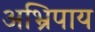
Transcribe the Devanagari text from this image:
अभ्रिपाय